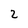
Character: 2